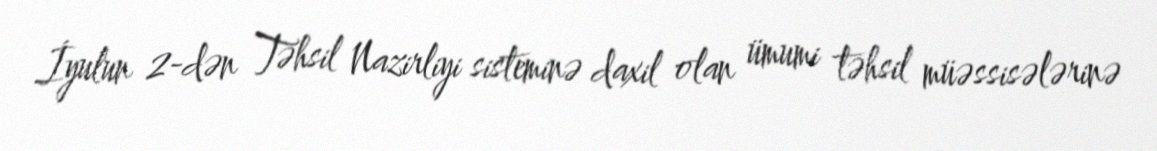
İyulun 2-dən Təhsil Nazirliyi sisteminə daxil olan ümumi təhsil müəssisələrinə